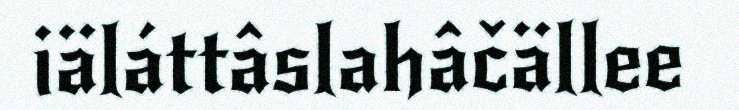
iäláttâslahâčällee